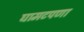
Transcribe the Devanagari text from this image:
घामटपणा